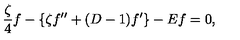
\frac { \zeta } { 4 } f - \{ \zeta f ^ { \prime \prime } + ( D - 1 ) f ^ { \prime } \} - E f = 0 ,